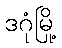
ဒဂုံမြို့